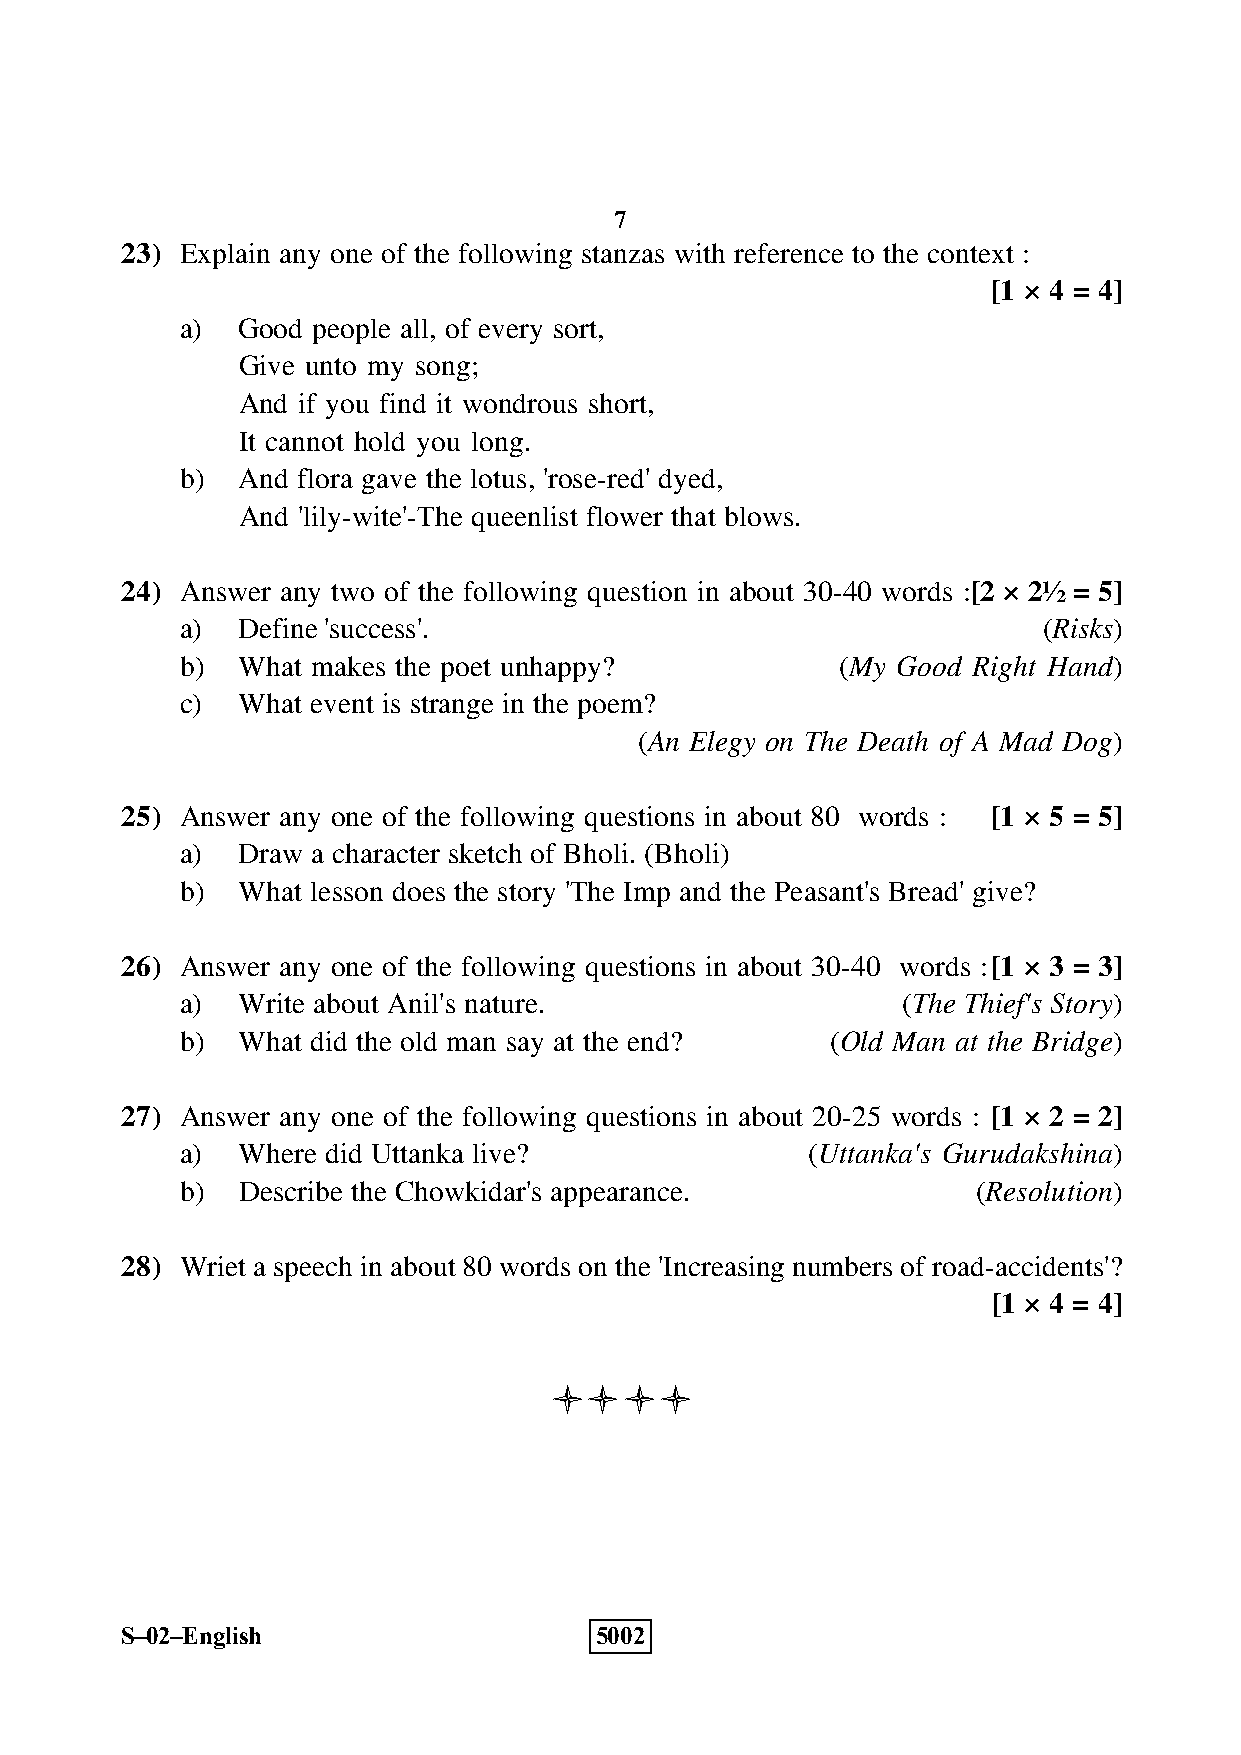
7
 23) Explain any one of the following stanzas with reference to the context :
 [1 × 4 = 4]
 a)  Good people all, of every sort,
 Give unto my song;
 And if you find it wondrous short,
 It cannot hold you long.
 b)  And flora gave the lotus, 'rose-red' dyed,
 And 'lily-wite'-The queenlist flower that blows.
 24) Answer any two of the following question in about 30-40 words :[2 × 2½ = 5]
 a)  Define 'success'.                                    (Risks)
 b)  What makes the poet unhappy?            (My Good Right Hand)
 c)  What event is strange in the poem?
 (An Elegy on The Death of A Mad Dog)
 25) Answer any one of the following questions in about 80 words : [1 × 5 = 5]
 a)  Draw a character sketch of Bholi. (Bholi)
 b)  What lesson does the story 'The Imp and the Peasant's Bread' give?
 26) Answer any one of the following questions in about 30-40 words :[1 × 3 = 3]
 a)  Write about Anil's nature.                  (The Thief's Story)
 b)  What did the old man say at the end?   (Old Man at the Bridge)
 27) Answer any one of the following questions in about 20-25 words : [1 × 2 = 2]
 a)  Where did Uttanka live?              (Uttanka's Gurudakshina)
 b)  Describe the Chowkidar's appearance.             (Resolution)
 28) Wriet a speech in about 80 words on the 'Increasing numbers of road-accidents'?
 [1 × 4 = 4]
 
 S–02–English                   5002